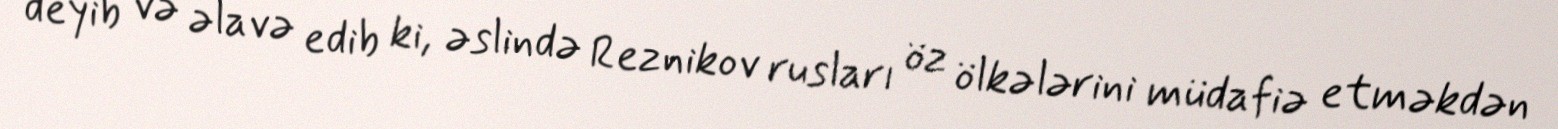
deyib və əlavə edib ki, əslində Reznikov rusları öz ölkələrini müdafiə etməkdən